Lunatic asylums United Provinces 1899-1908 - 1899-1908
Year: 1899
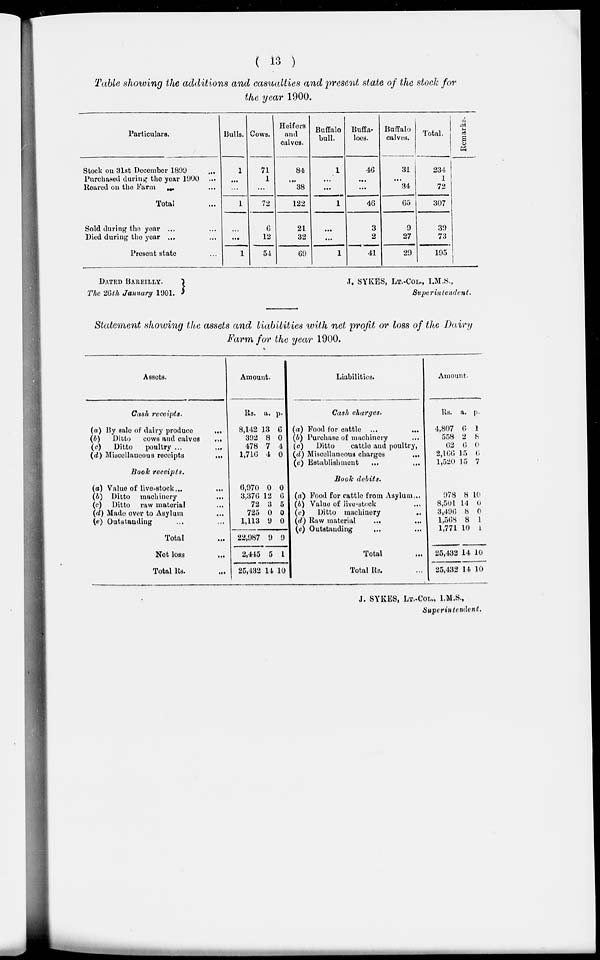
( 13 )
Table showing the additions and casualties and present state of the stock for
the year 1900.
Particulars.
Stock on 31st December 1899 ...
Purchased during the year 1900 ...
Reared on the Farm ... ...
Total ...
Sold during the year ... ...
Died during the year ... ...
Present state ...
Bulls.
1
...
...
1
...
...
1
Cows.
71
1
...
72
6
12
54
Heifers
and
calves.
84
...
38
122
21
32
69
Buffalo
bull.
1
...
...
1
...
...
1
Buffa-
loes.
46
...
...
46
3
2
41
Buffalo
calves.
31
...
34
65
9
27
29
Total.
234
1
72
307
39
73
195
Remarks.
DATED BAREILLY.
The 26th January 1901.
J. SYKES, LT.-COL., I.M.S.,
Superintendent.
Statement showing the assets and liabilities with net profit or loss of the Dairy
Farm for the year 1900.
Assets.
Cash receipts.
(a) By sale of dairy produce
...
(b)
Ditto
cows and calves ...
(c)
Ditto
poultry ...
(d) Miscellaneous receipts
...
Book
receipts.
(a) Value of live-stock...
(b) Ditto machinery
...
(c) Ditto raw material ...
(d) Made over to Asylum ...
(e) Outstanding ... ...
Total ...
Net loss
...
Total Rs. ...
Amount.
Rs.
8,142
392
478
1,716
a.
13
8
7
4
p.
6
0
4
0
6,970
3,376
72
725
1,113
22,987
2,445
25,432
0
12
3
0
9
9
5
14
0
6
5
0
0
9
1
10
Liabilities.
Cash charges.
(a) Food for cattle ... ...
(b) Purchase of machinery ...
(c)
Ditto
cattle and poultry,
(d) Miscellaneous charges
...
(e) Establishment ... ...
Book
debits.
(a) Food for cattle from Asylum...
(b) Value of live-stock ...
(c)
Ditto machinery
...
(d) Raw material ... ...
(e) Outstanding ... ...
Total ...
Total Rs. ...
Amount.
Rs.
4,807
558
62
2,166
1,520
a.
6
2
6
15
15
p.
1
8
0
6
7
978
8,501
3,496
1,568
1,771
8
14
8
8
10
10
0
0
l
l
25,432
25,432
14
14
10
10
J. SYKES, LT.-COL., I.M.S.,
Superintendent.